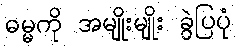
ဓမ္မကို အမျိုးမျိုး ခွဲပြပုံ